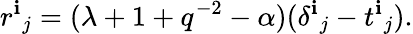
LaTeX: {r^{\mathbf{i}}}_{j}=(\lambda+1+q^{-2}-\alpha)({\delta^{\mathbf{i}}}_{j}-{t^{\mathbf{i}}}_{j}).